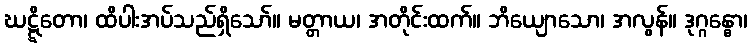
ဃဋ္ဋိတော၊ ထိပါးအပ်သည်ရှိသော်။ မတ္တာယ၊ အတိုင်းထက်။ ဘိယျောသော၊ အလွန်။ ဒုဂ္ဂန္ဓော၊